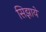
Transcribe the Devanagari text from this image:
सिझाये